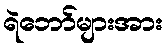
ရဲဘော်များအား